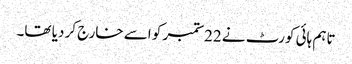
تاہم ہائی کورٹ نے 22ستمبر کو اسے خارج کر دیا تھا۔